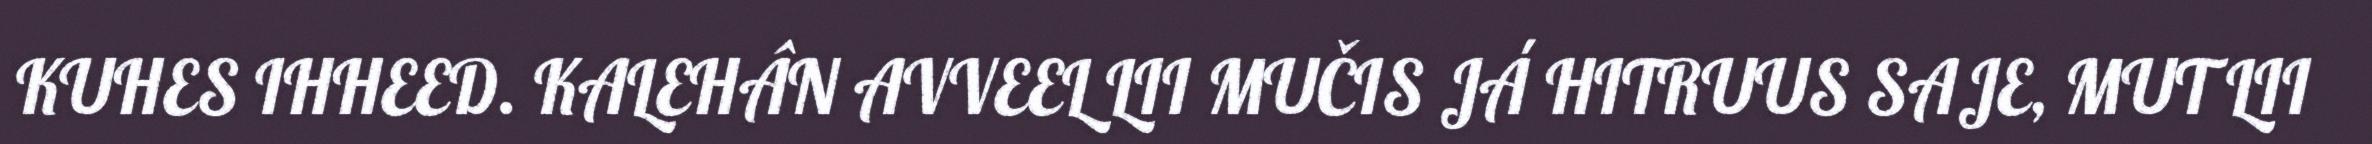
KUHES IHHEED. KALEHÂN AVVEEL LII MUČIS JÁ HITRUUS SAJE, MUT LII